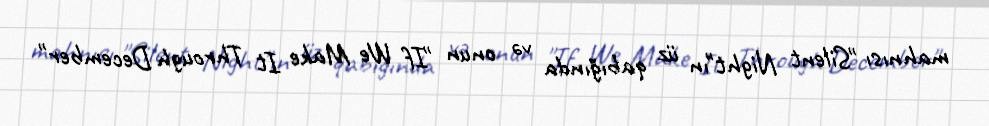
mahnısı "Silent Night"ın üz qabığında və onun "If We Make It Through December"